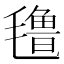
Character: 氇